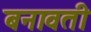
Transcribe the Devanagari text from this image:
बनावती